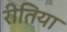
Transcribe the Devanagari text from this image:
रीतिया